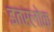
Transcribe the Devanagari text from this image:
इतरलोक